Martna_vallavalitsus, lk 6
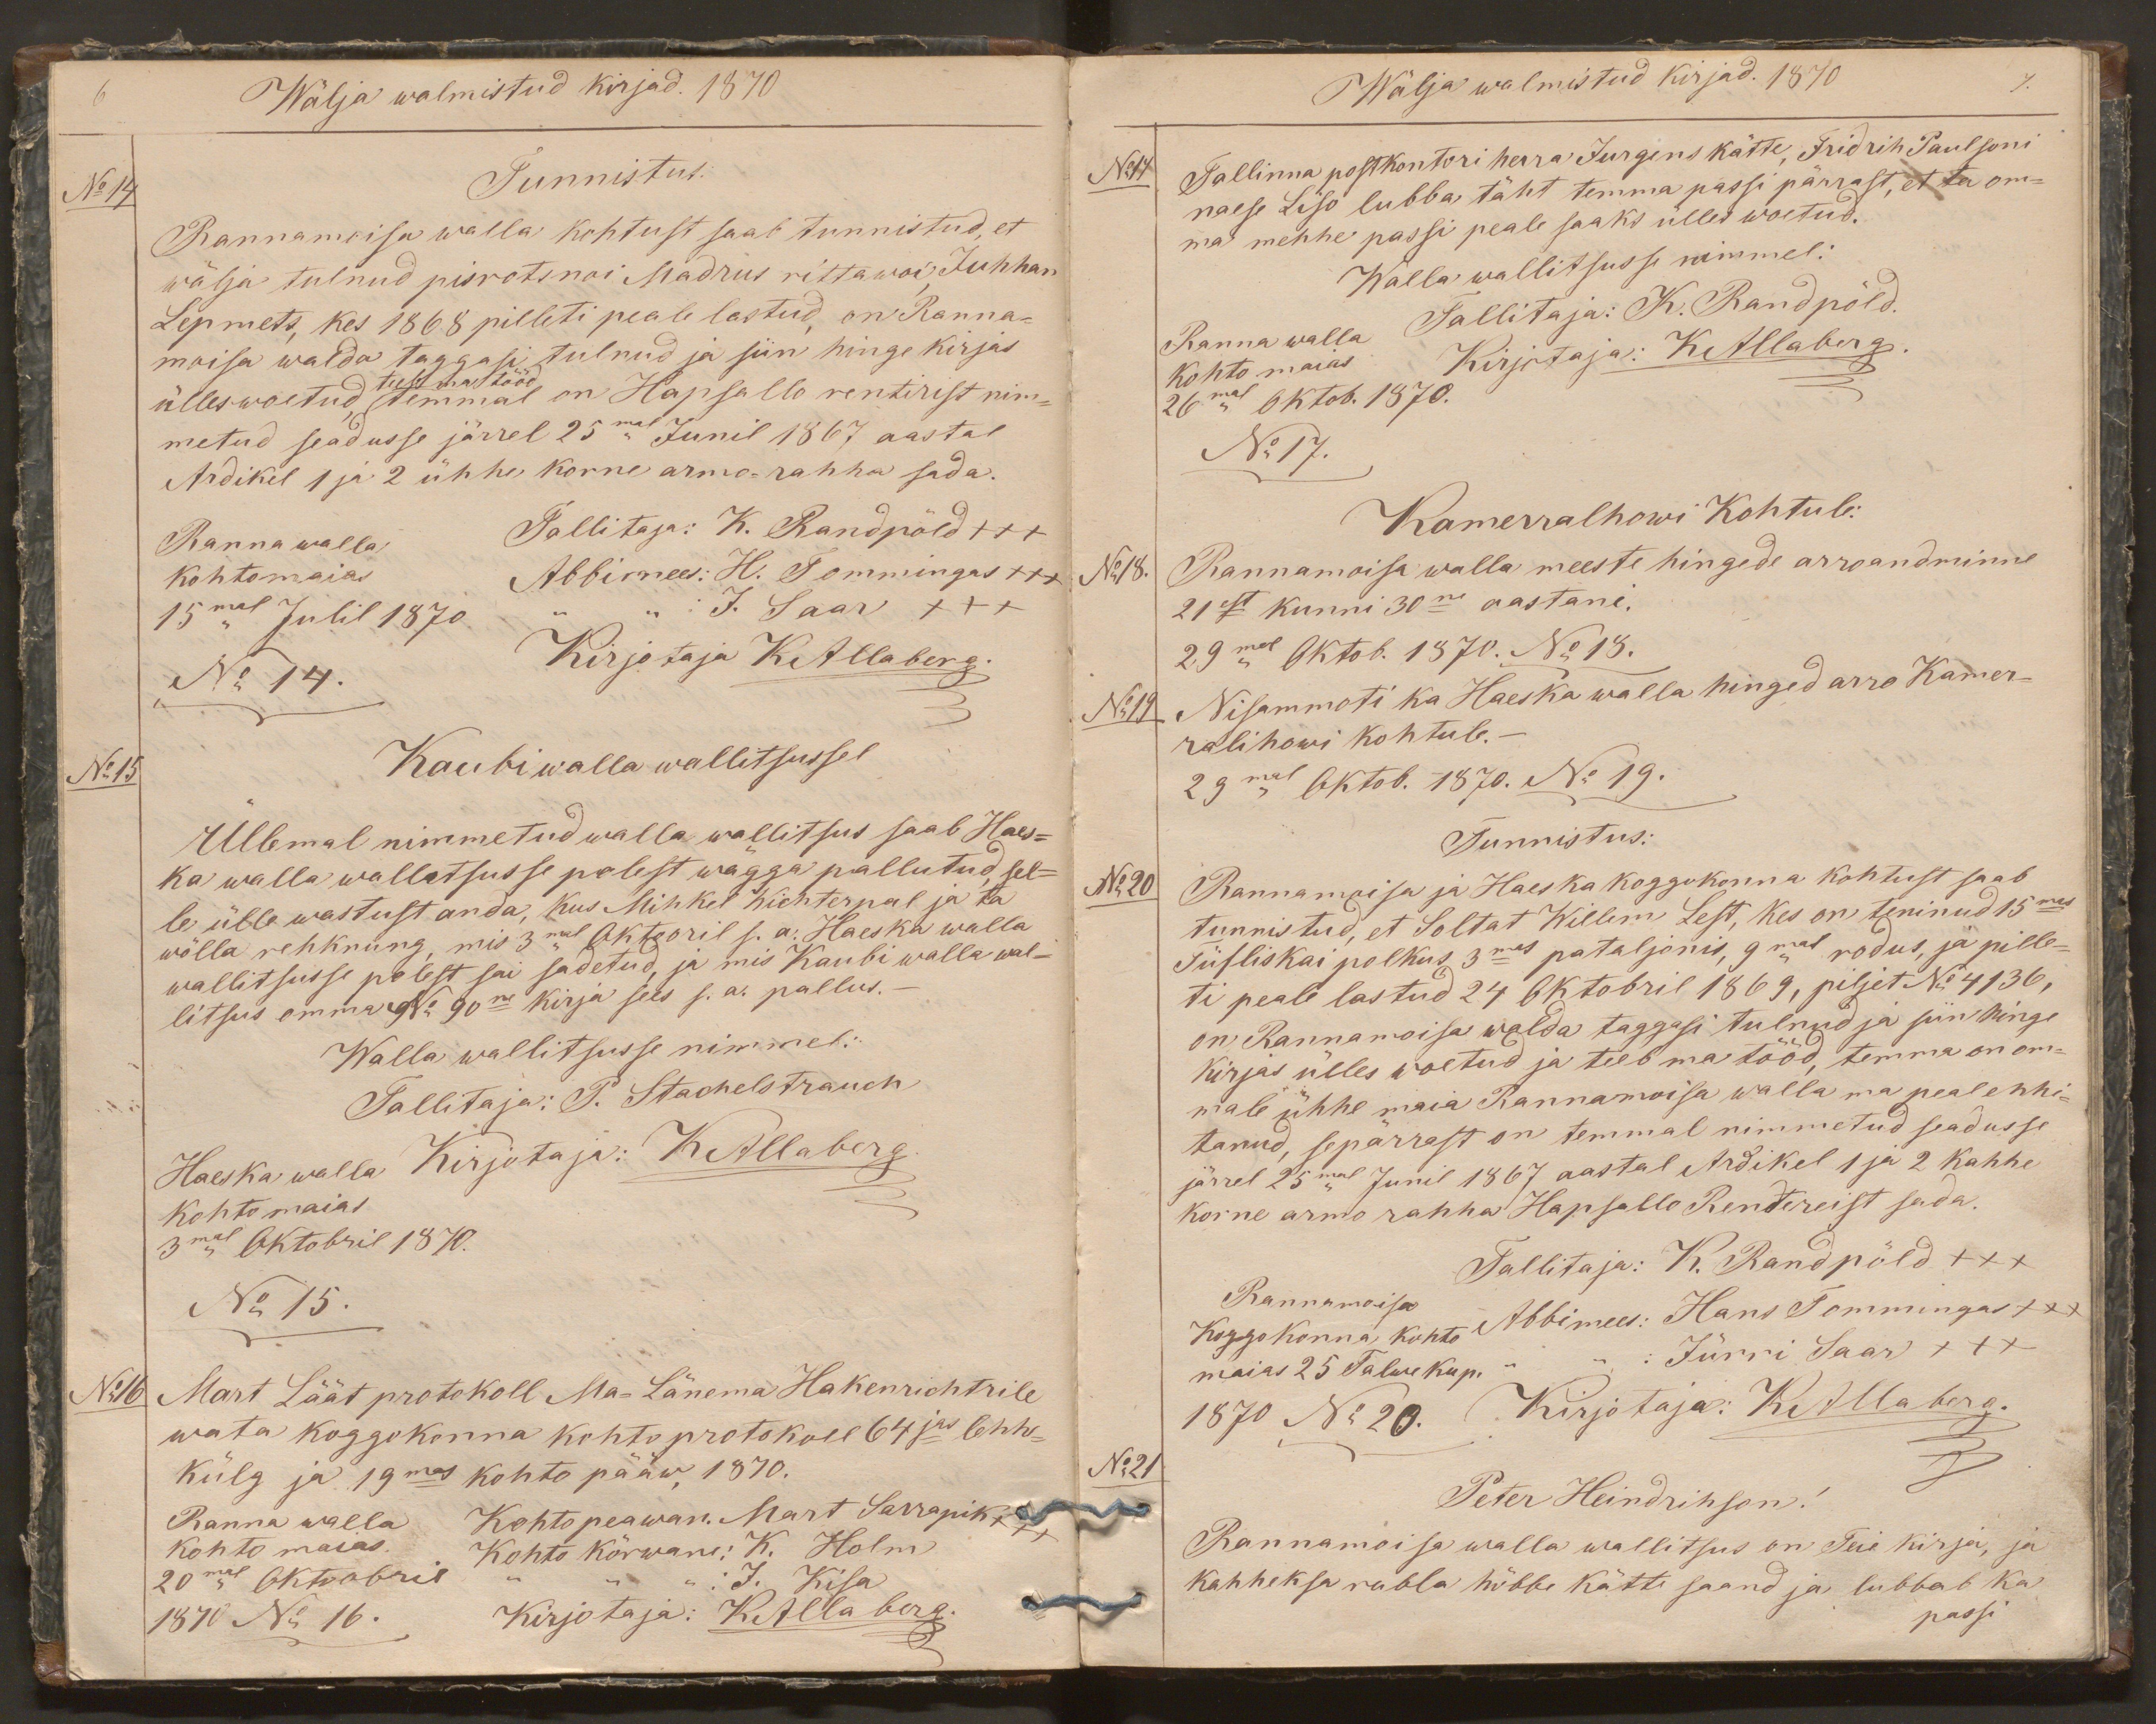
Wälja walmistud kirjad. 1870
No 14
Tunnistus:
Rannamoisa walla kohtust saab tunnistud, et
wälja tulnud pisrotsnoi Madrus rittawoi Juhhan
Lepmets, kes 1868 pilleti peale lastud on Ranna-
moisa walda taggasi tulnud ja siin hinge kirjas
ülleswõetud teeb ma tööd temmal on Hapsallo rentirist nim-
metud seadusse järrel 25mal Junil 1867 aastal
Ardikel 1 ja 2 ühhe korne armo-rahha sada.
Ranna walla
Tallitaja: K. Randpõld xxx
kohtomaias
Abbimees: H. Tommingas xxx
15mal Julil 1870.
" " J. Saar xxx
No 14.
Kirjotaja KAllaberg.
No 15
Kaubi walla wallitsussel
Üllemal nimmetud walla wallitsus saab Haes-
ka walla wallatsusse polest wägga pallutud, sel-
le ülle wastust anda, kus Mihkel Wichterpal ja ta
wõlla rehknung, mis 3mal Oktobril s. a. Haeska walla
wallitsusse polest sai sadetud, ja mis Kaubi walla wal-
litsus omma No 90ne kirja sees s.a. pallus. -
Walla wallitsusse nimmel:
Tallitaja: P. Stachelstrauch
Haeska walla
Kirjotaja: KAllaberg
kohto maias
3mal Oktobril 1870.
No 15.
No16
Mart Läät protokoll Ma-Länema Hakenrichtrile
wata koggokonna kohto protokoll 64jas lehhe-
külg ja 19mes kohto pääw, 1870.
Ranna walla
Kohto peawan. Mart Sarrapik xxx
kohto maias.
Kohto kõrwane: K. Holm
20mal Oktoobril
" " " : J. Kisa
1870 No 16.
Kirjotaja: KAllaberg.

Wälja walmistud kirjad. 1870
No 17
Tallinna postkontori herra Jurgens kätte, Fridrih Paulsoni
naese Liso lubba täht temma passi pärrast, et ta om-
ma mehhe passi peale saaks ülles woetud.
Walla wallitsusse nimmel:
Tallitaja: K Randpõld.
Ranna walla
kohto maias
Kirjotaja: KAllaberg.
26mal Oktob. 1870.
No 17.
Kamerralhowi Kohtule:
No 18.
Rannamoisa walla meeste hingede arroandminne
21est kunni 30ne aastani.
29mal Oktob. 1870. No 18.
No 19
Nisammoti ka Haeska walla hinged arro Kamer-
ralihowi kohtule. -
29mal Oktob. 1870. No 19.
Tunnistus:
No 20
Rannamoisa ja Haeska koggokonna kohtust saab
tunnistud, et Soltat Willem Lest, kes on teninud 15mas
Tiisliskai polkus 3mas pataljonis, 9mas rodus, ja pille-
ti peale lastud 24 Oktobril 1869, piljet No 4136,
on Rannamoisa walda taggasi tulnud ja siin hinge
kirjas ülles woetud ja teeb ma tööd, temma on om-
male ühhe maia Rannamoisa walla ma peal ehhi-
tanud, sepärrast on temmal nimmetud seadusse
järrel 25mal Junil 1867 aastal Ardikel 1 ja 2 kahhe
korne armo rahha Hapsallo Rentereist sada.
Tallitaja: K. Randpõld xxx
Rannamoisa
Koggokonna kohto
Abbimees: Hans Tommingas xxx
maias 25 Talwe ku p.
" " : Jürri Saar xxx
1870 No 20.
Kirjotaja: KAllaberg.
No 21
Peter Heindrihson!
Rannamoisa walla wallitsus on Teie kirja, ja
kahheksa rubla hõbbe kätte saand ja lubbab ka
passi